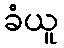
ခံယူ